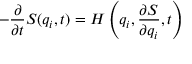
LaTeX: - { \frac { \partial } { \partial t } } S ( q _ { i } , t ) = H \left( q _ { i } , { \frac { \partial S } { \partial q _ { i } } } , t \right) \,